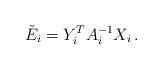
LaTeX: \begin{align*}\tilde{E}_i = Y_i^TA_i^{-1}X_i \,.\end{align*}